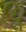
ધૂિ